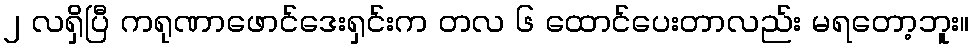
၂ လရှိပြီ ကရုဏာဖောင်ဒေးရှင်းက တလ ၆ ထောင်ပေးတာလည်း မရတော့ဘူး။